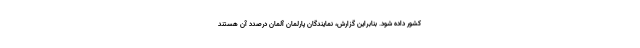
کشور داده شود. بنابراین گزارش، نمایندگان پارلمان آلمان درصدد آن هستند